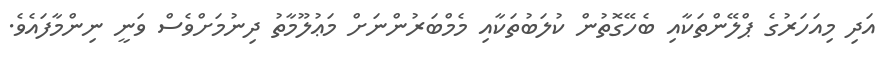
އަދި މިއަހަރުގެ ޕްލޭންތަކާއި ބެހޭގޮތުން ކުލަބުތަކާއި މެމްބަރުންނަަށް މަޢުލޫމާތު ދިނުމަށްވެސް ވަނީ ނިންމާފައެވެ.